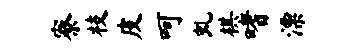
寮枝皮呵虬棋嗜漂